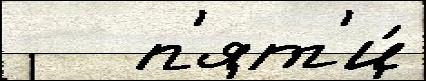
   п'ят'и́